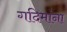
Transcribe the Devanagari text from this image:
गदिमांना